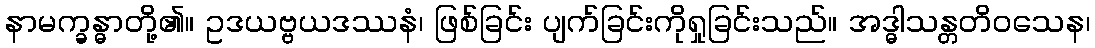
နာမက္ခန္ဓာတို့၏။ ဥဒယဗ္ဗယဒဿနံ၊ ဖြစ်ခြင်း ပျက်ခြင်းကိုရှုခြင်းသည်။ အဒ္ဓါသန္တတိဝသေန၊